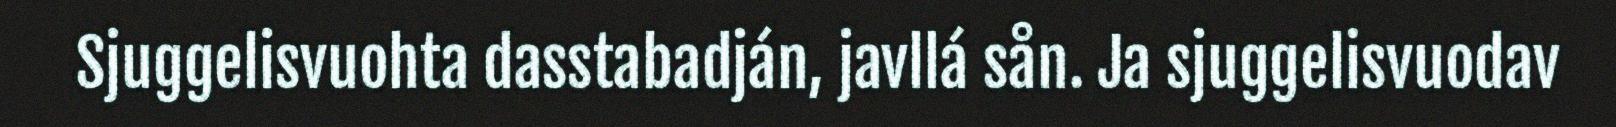
Sjuggelisvuohta dasstabadján, javllá sån. Ja sjuggelisvuodav